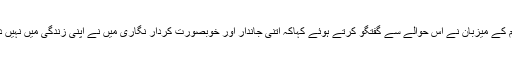
پروگرام کے میزبان نے اس حوالے سے گفتگو کرتے ہوئے کہاکہ اتنی جاندار اور خوبصورت کردار نگاری میں نے اپنی زندگی میں نہیں دیکھی ۔